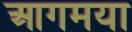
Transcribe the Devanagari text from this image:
आगमया